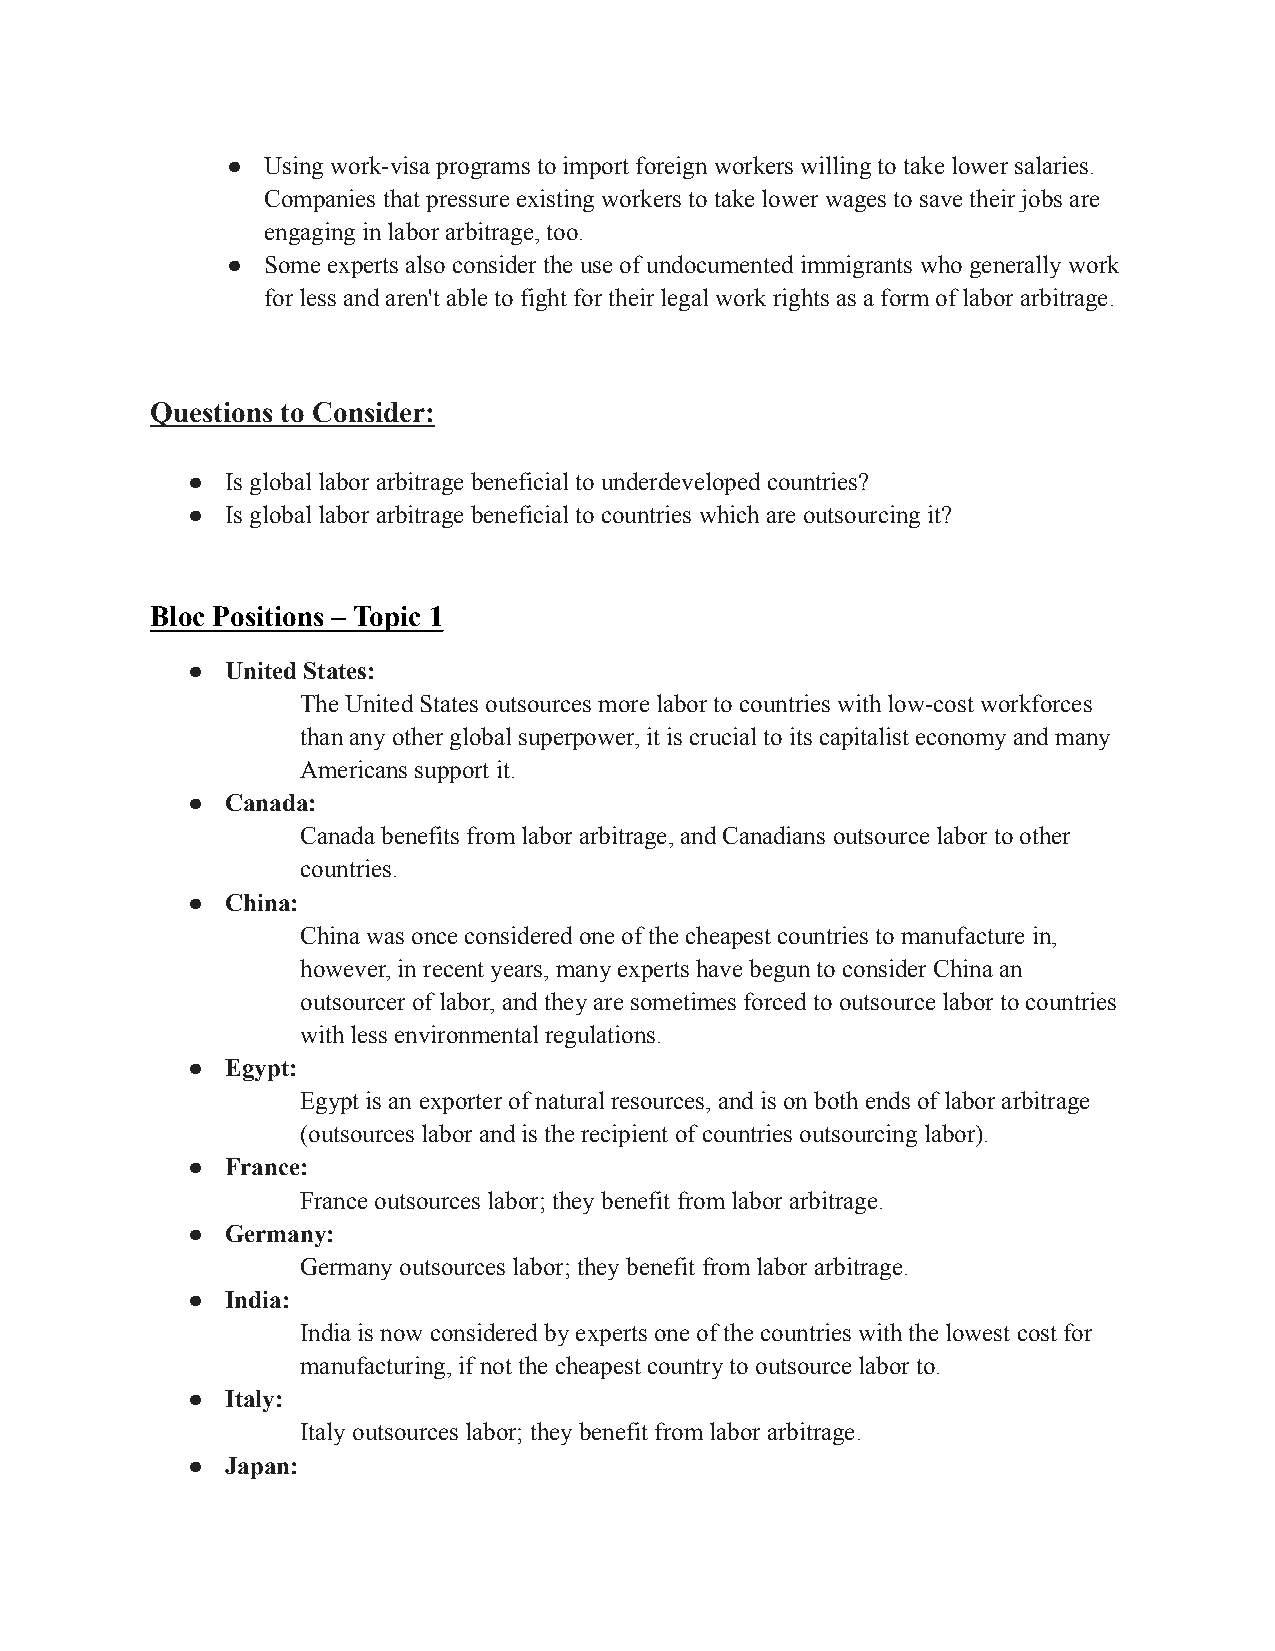
● Using work-visa programs to import foreign workers willing to take lower salaries.
 Companies that pressure existing workers to take lower wages to save their jobs are
 engaging in labor arbitrage, too.
 ● Some experts also consider the use of undocumented immigrants who generally work
 for less and aren't able to fight for their legal work rights as a form of labor arbitrage.
 Questions to Consider:
 ●  Is global labor arbitrage beneficial to underdeveloped countries?
 ●  Is global labor arbitrage beneficial to countries which are outsourcing it?
 Bloc Positions – Topic 1
 ●  United States:
 The United States outsources more labor to countries with low-cost workforces
 than any other global superpower, it is crucial to its capitalist economy and many
 Americans support it.
 ●  Canada:
 Canada benefits from labor arbitrage, and Canadians outsource labor to other
 countries.
 ●  China:
 China was once considered one of the cheapest countries to manufacture in,
 however, in recent years, many experts have begun to consider China an
 outsourcer of labor, and they are sometimes forced to outsource labor to countries
 with less environmental regulations.
 ●  Egypt:
 Egypt is an exporter of natural resources, and is on both ends of labor arbitrage
 (outsources labor and is the recipient of countries outsourcing labor).
 ●  France:
 France outsources labor; they benefit from labor arbitrage.
 ●  Germany:
 Germany outsources labor; they benefit from labor arbitrage.
 ●  India:
 India is now considered by experts one of the countries with the lowest cost for
 manufacturing, if not the cheapest country to outsource labor to.
 ●  Italy:
 Italy outsources labor; they benefit from labor arbitrage.
 ●  Japan: